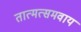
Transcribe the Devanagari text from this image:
तात्मत्समवाय